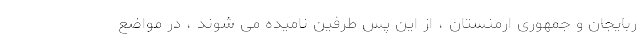
ربایجان و جمهوری ارمنستان ، از این پس طرفین نامیده می شوند ، در مواضع